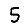
Digit: 5